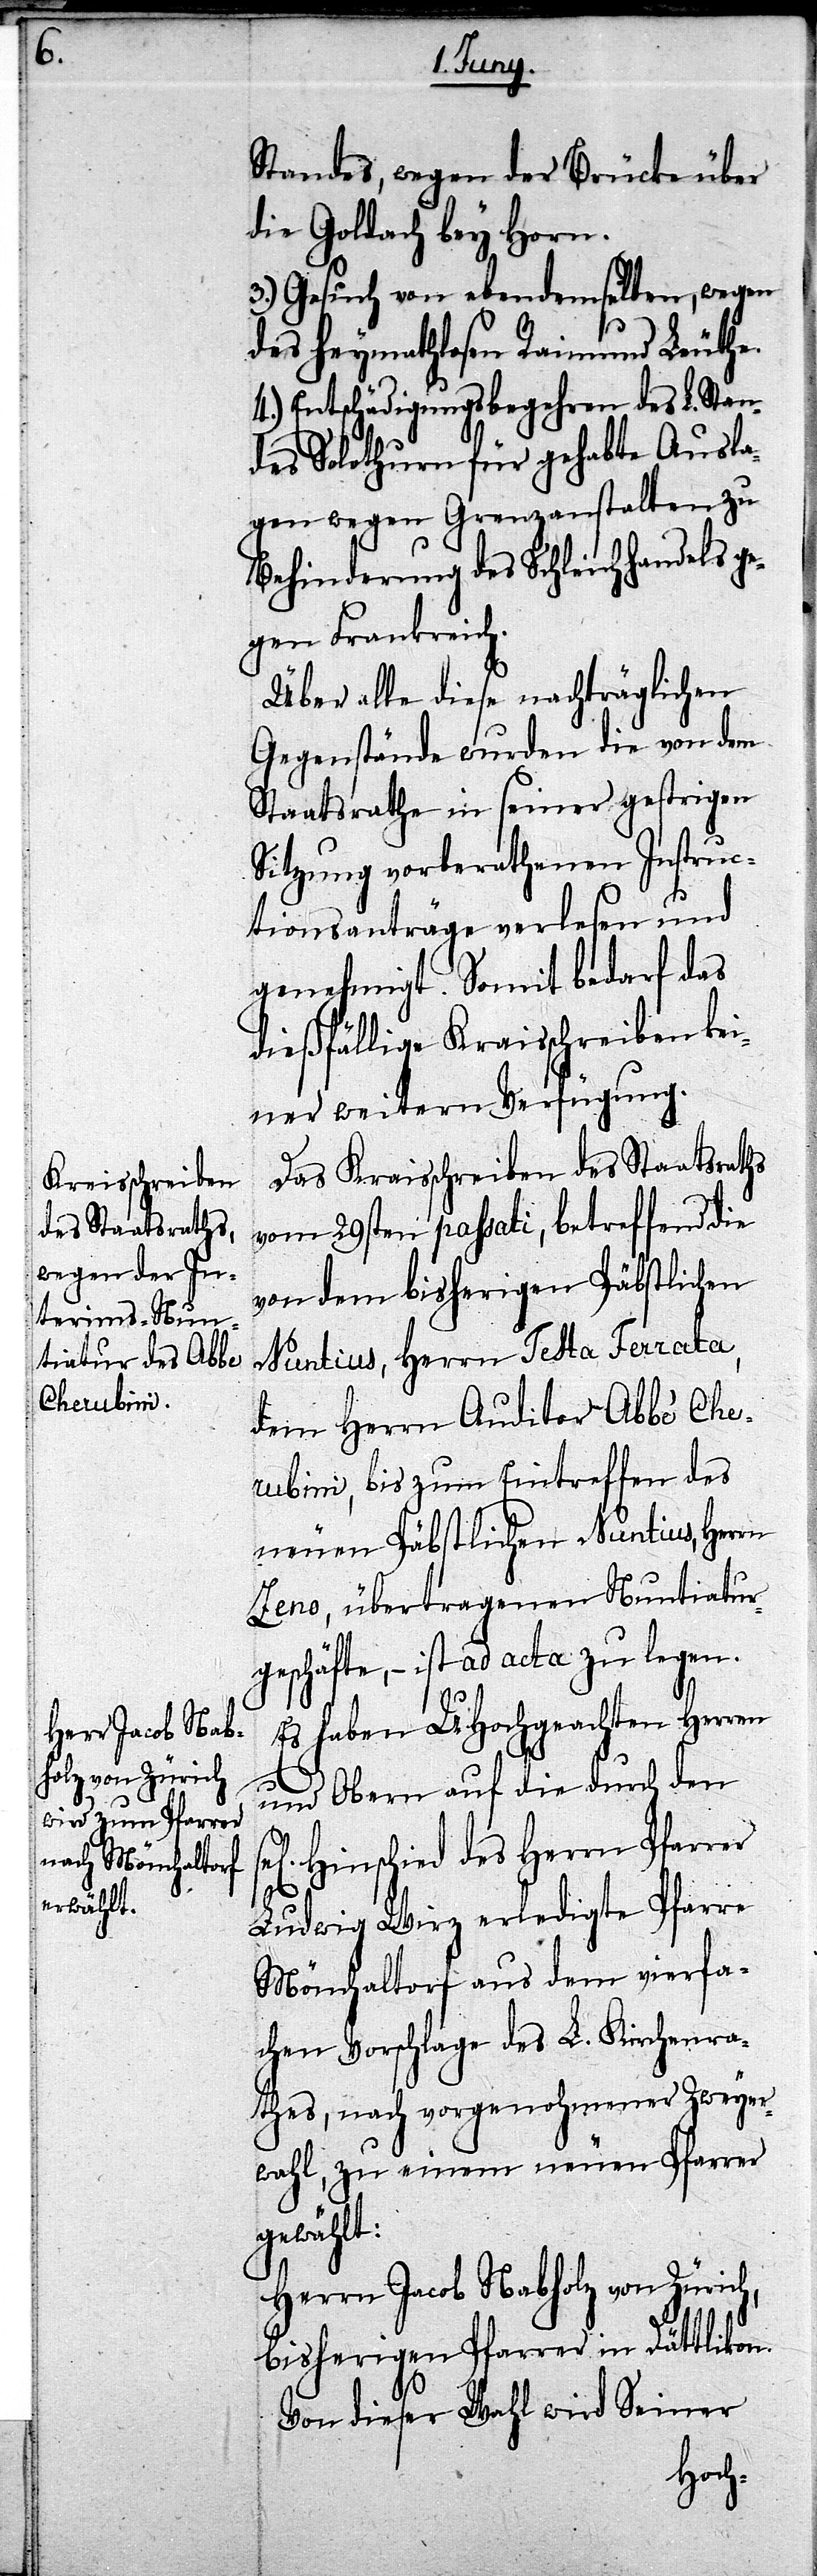
Standes, wegen der Brücke über
die Goldach bey Horn.
3.) Gesuch von ebendemselben, wegen
des heymathlosen Raimund Leuthe.
4.) Entschädigungsbegehren des L. Stan¬
des Solothurn für gehabte Ausla¬
gen wegen Grenzanstalten zu
Behinderung des Schleichhandels ge¬
gen Frankreich.
Über alle diese nachträglichen
Gegenstände wurden die von dem
Staatsrathe in seiner gestrigen
Sitzung vorberathenen Instruc¬
tionsanträge verlesen und
genehmigt. Somit bedarf das
dießfällige Kraisschreiben kei¬
ner weitern Verfügung.
Das Kraisschreiben des Staatsraths
vom 29sten passati, betreffend die
von dem bisherigen Päbstlichen
Nuntius, Herrn Testa Ferrata,
ubini, bis zum Eintreffen des
neuen Päbstlichen Nuntius, Herrn
Zeno, übertragenen Nuntiatur¬
geschäfte, – ist ad acta zu legen.
Es haben UHochgeachten Herren
und Obern auf die durch den
Hinschied des Herrn Pfarrer
Ludwig Wirz erledigte Pfarre
Mönchaltorf aus dem vierfa¬
chen Vorschlage des L. Kirchenra¬
thes, nach vorgenohmener Zweyer¬
wahl, zu einem neuen Pfarrer
gewählt:
Herrn Jacob Nabholz von Zürich,
bisherigen Pfarrer in Dättlikon.
Von dieser Wahl wird Seiner
Cher¬